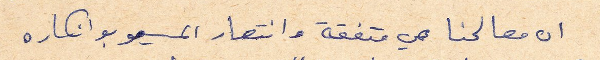
ان مصالحنا هي متفقة وانتصار المسيو بوانكاره